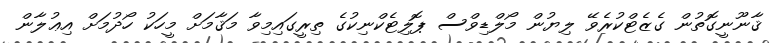
ޤާނޫނީގޮތުން ގެޒެޓްކުރެވޭ ލިޔުން މޯލްޑިވްސް ޕޮލިޓެކްނިކުގެ ތިރީގައިމިވާ މަޤާމަށް މީހަކު ހޯދުމަށް އިޢުލާން